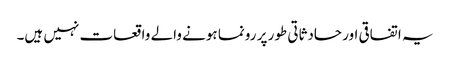
یہ اتفاقی اور حادثاتی طور پر رونما ہونے والے واقعات نہیں ہیں۔